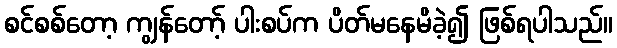
စင်စစ်တော့ ကျွန်တော့် ပါးစပ်က ပိတ်မနေမိခဲ့၍ ဖြစ်ရပါသည်။